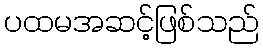
ပထမအဆင့်ဖြစ်သည်